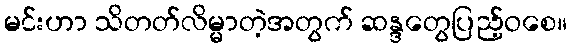
မင်းဟာ သိတတ်လိမ္မာတဲ့အတွက် ဆန္ဒတွေပြည့်ဝစေ။